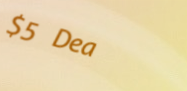
$5 Deal